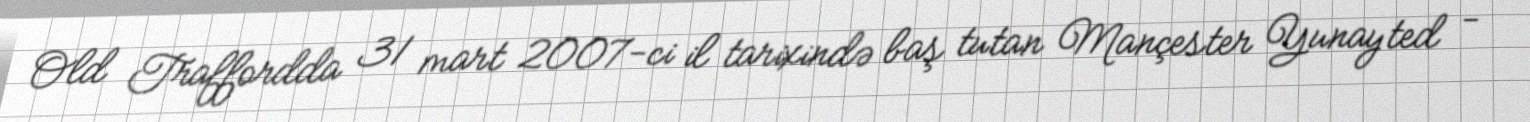
Old Traffordda 31 mart 2007-ci il tarixində baş tutan Mançester Yunayted -